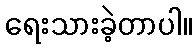
ရေးသားခဲ့တာပါ။